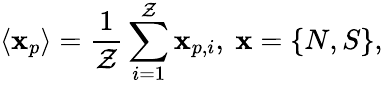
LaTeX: \langle\mathbf{x}_{p}\rangle=\frac{{1}}{{\mathcal{{Z}}}}\sum_{i=1}^{\mathcal{{Z}}}\mathbf{x}_{p,i},\ \mathbf{x}=\{ N,S\} ,